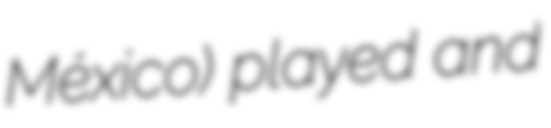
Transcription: México) played and